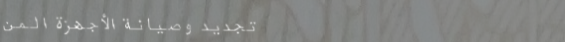
تجديد وصيانة الأجهزة المن